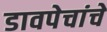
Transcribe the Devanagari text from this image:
डावपेचांचे